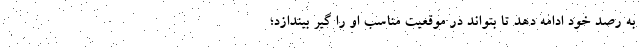
به رصد خود ادامه دهد تا بتواند در موقعیت مناسب او را گیر بیندازد؛